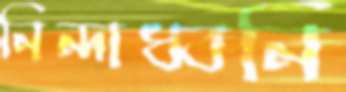
নিন্দাধ্বনি